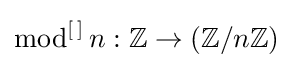
{\text{mod}}^{\left[\,\right]}\,n:\mathbb {Z} \to (\mathbb {Z} /n\mathbb {Z} )